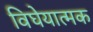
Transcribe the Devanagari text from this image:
विघेयात्मक